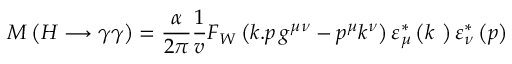
{ \cal M } \left( H \longrightarrow \gamma \gamma \right) = \frac { \alpha } { 2 \pi } \frac { 1 } { v } F _ { W } \left( k . p \, g ^ { \mu \nu } - p ^ { \mu } k ^ { \nu } \right) \varepsilon _ { \mu } ^ { \ast } \left( k ~ \right) \varepsilon _ { \nu } ^ { \ast } \left( p \right)